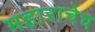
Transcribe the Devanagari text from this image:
महाराचेच